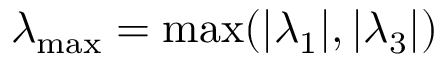
\lambda _ { \operatorname* { m a x } } = \operatorname* { m a x } ( | \lambda _ { 1 } | , | \lambda _ { 3 } | )